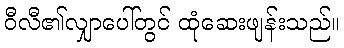
ဝီလီ၏လျှာပေါ်တွင် ထုံဆေးဖျန်းသည်။